Lunatic asylums Madras 1892-1911 - 1892-1911
Year: 1892
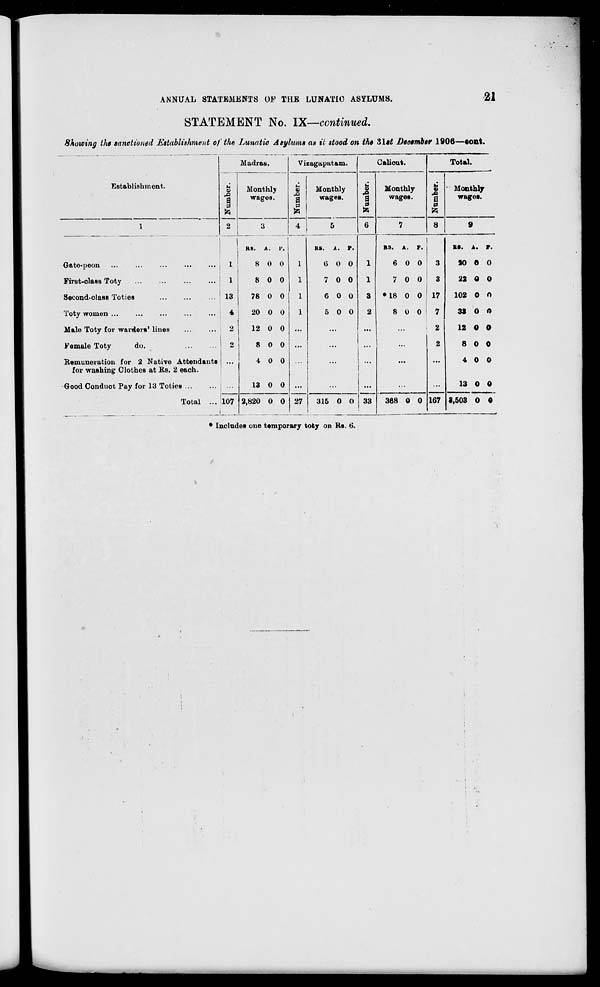
ANNUAL STATEMENTS OF THE LUNATIC ASYLUMS.
21
STATEMENT No. IX—continued.
Showing the sanctioned Establishment of the Lunatic Asylums as it stood on the Sltt December 1906—oont.
Madras.
Vi zagapatam.
Caliout.
Total.
Establishment.
8
2
Monthlj
wages.
& s
a
0
5ZJ
.
Monthly
wages.
B
0
6
Monthly
wages.
a>
B
0
8
- Monthly
wages.
1
3
4
•
7
9
RS.
A. P.
RS.
A. P.
RS. A. p.
RS. A. r.
Gate-peon
1
8 0 0
1
0 0 0
1
6 0 0
3
SO 6 0
First-class Toty
1
8 0 0
1
7 0 0
1
7 0 0
3
22 0 0
Second-class Toties
13
78 0 0
1
6 0 0
3 •18 0 0 17
102 0 0
Toty women ...
4
20 0 0
1
5 0 0
2
8 0 0
7
31 0 0
Male Toty for warders' lines
2
12 0 0 ...
...
...
...
2
12 0 0
Female Toty
do.
2
8 0 0
...
...
...
2
8 0 0
Remuneration for 2 Native Attendants
for washing Clothes at Its. 2 each.
...
4 0 0
...
...
...
4 0 0
Good Conduot Pay for 13 TotieB
13 0 0
27
...
33
...
167
13 0 0
Total ... 107 2,820 0 0
315 0 0
368 0 0
8,503 0 0
* Includes one temporary toty on Bs. 6.